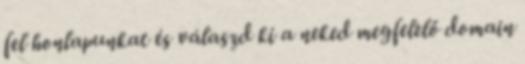
fel honlapunkat és válaszd ki a neked megfelelő domain